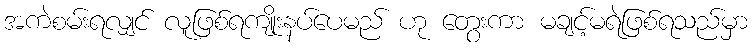
အကဲစမ်းရလျှင် လူဖြစ်ရကျိုးနပ်ပေမည် ဟု တွေးကာ မချင့်မရဲဖြစ်ရသည်မှာ